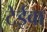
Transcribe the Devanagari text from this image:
टेईवा